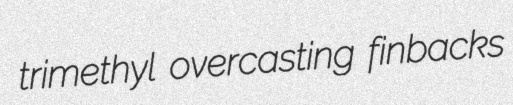
trimethyl overcasting finbacks